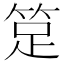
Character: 𥭽